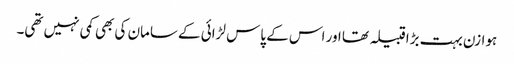
ہوازن بہت بڑا قبیلہ تھا اور اس کے پاس لڑائی کے سامان کی بھی کمی نہیں تھی۔